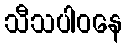
သီသပါဝနေ